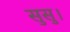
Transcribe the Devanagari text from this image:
सुसु।